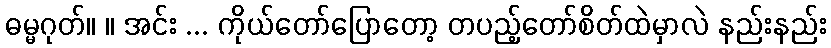
ဓမ္မဂုတ်။ ။ အင်း ... ကိုယ်တော်ပြောတော့ တပည့်တော်စိတ်ထဲမှာလဲ နည်းနည်း